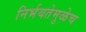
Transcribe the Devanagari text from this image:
निर्भयतेमुळेच